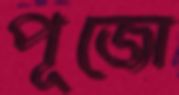
পূজো